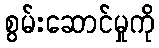
စွမ်းဆောင်မှုကို